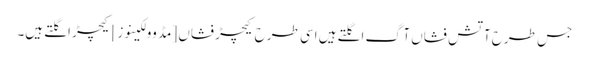
جس طرح آتش فشاں آگ اگلتے ہیں اسی طرح کیچڑ فشاں [مڈ وولکینوز] کیچڑ اگلتے ہیں۔